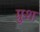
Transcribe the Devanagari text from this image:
ग्रुश